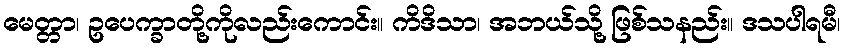
မေတ္တာ၊ ဥပေက္ခာတို့ကိုလည်းကောင်း။ ကိဒိသာ၊ အဘယ်သို့ ဖြစ်သနည်း။ ဒသပါရမီ၊